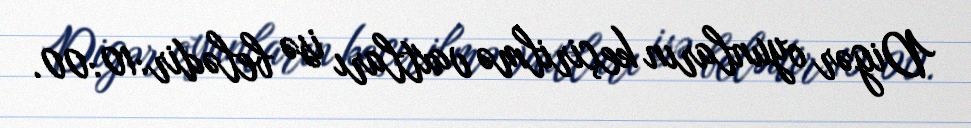
Digər oyunların keçirilmə vaxtları isə belədir:10:00.